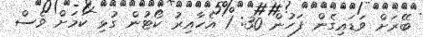
ބޭރަށް ވަޑައިގެން ފަހުން 30: 1 އެހާއިރު ކޯޓުން ގުޅި ކަމަށް ވެސް